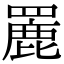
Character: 䍡